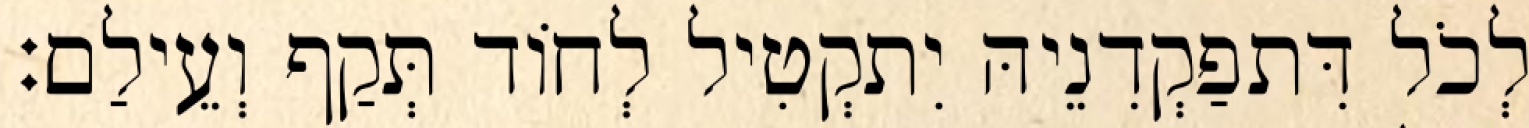
לְכֹל דִּתפַקְדִנֵיהּ יִתקְטִיל לְחוֹד תְּקַף וְעֵילַם׃